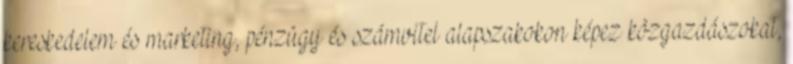
kereskedelem és marketing, pénzügy és számvitel alapszakokon képez közgazdászokat,